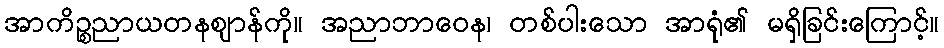
အာကိဉ္စညာယတနဈာန်ကို။ အညာဘာဝေန၊ တစ်ပါးသော အာရုံ၏ မရှိခြင်းကြောင့်။